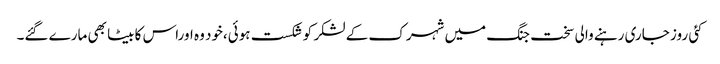
کئی روز جاری رہنے والی سخت جنگ میں شہرک کے لشکر کو شکست ہوئی،خود وہ اوراس کا بیٹا بھی مارے گئے۔